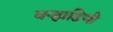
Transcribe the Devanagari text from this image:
वर्‍हाडिणी